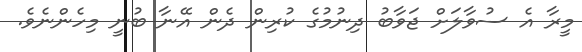
މީރާ އެ ސުވާލަށް ޖަވާބު ދިނުމުގެ ކުރިން ދެން އޭނާ ބުނީ މިހެންނެވެ.